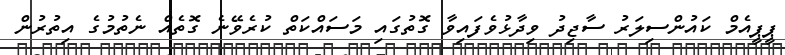
ޕީޕީއެމް ކައުންސިލަރު ސާޖިދު ވިދާޅުވެފައިވާ ގޮތުގައި މަސައްކަތް ކުރެވޭނެ ގޮތެއް ނެތުމުގެ އިތުރުން